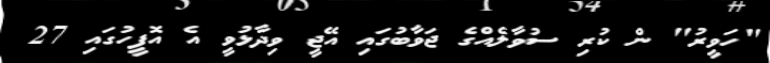
"ހަވީރު" ން ކުރި ސުވާލެއްގެ ޖަވާބުގައި އޭޖީ ވިދާޅުވީ އެ އޮފީހުގައި 27